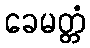
ခေမတ္တံ